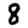
Digit: 8